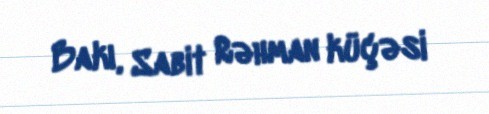
Bakı, Sabit Rəhman küçəsi